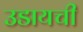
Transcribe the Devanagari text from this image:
उडायची